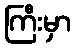
ကြီးမှာ